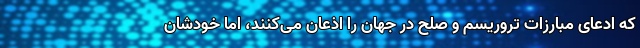
که ادعای مبارزات تروریسم و صلح در جهان را اذعان می‌کنند، اما خودشان